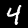
Digit: 4